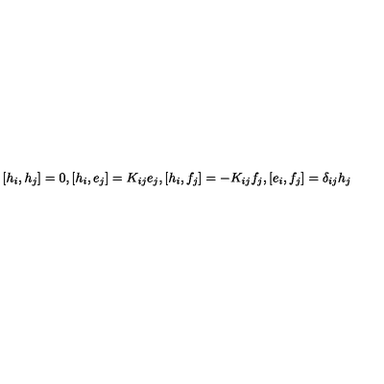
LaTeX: { [ } h _ { i } , h _ { j } { ] } = 0 , { [ } h _ { i } , e _ { j } { ] } = K _ { i j } e _ { j } , { [ } h _ { i } , f _ { j } { ] } = - K _ { i j } f _ { j } , { [ } e _ { i } , f _ { j } { ] } = \delta _ { i j } h _ { j }